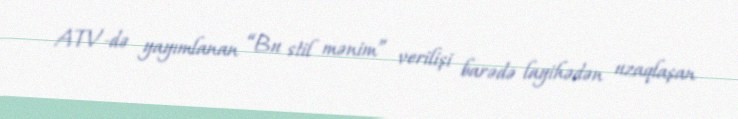
ATV-də yayımlanan “Bu stil mənim” verilişi barədə layihədən uzaqlaşan